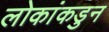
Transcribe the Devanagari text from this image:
लोकांकडुन